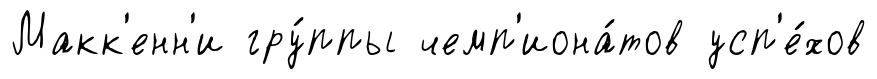
Макк'енн'и гру́ппы чемп'иона́тов усп'е́хов